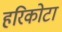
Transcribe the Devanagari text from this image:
हरिकोटा